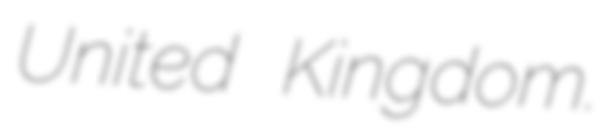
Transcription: United Kingdom.